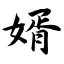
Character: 婿